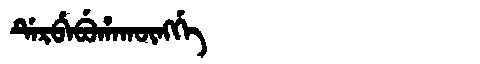
Manchu: ᡩᡝᡵᠪᡝᠪᡠᡥᠠᡴᡡᠩᡤᡝ
Romanization: DERBEBUHAKŪNGGE